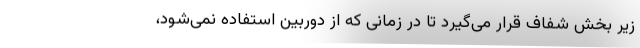
زیر بخش شفاف قرار می‌گیرد تا در زمانی که از دوربین استفاده نمی‌شود،